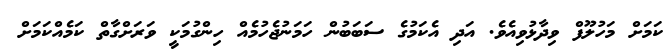
ކަމަށް މަހުލޫފް ވިދާޅުވިއެވެ. އަދި އެކަމުގެ ސަބަބުން ހަމަނުޖެހުމެއް ހިންގުމަކީ ވަރަށްގާތް ކަމެއްކަމަށް